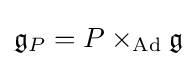
{\mathfrak {g}}_{P}=P\times _{\operatorname {Ad} }{\mathfrak {g}}